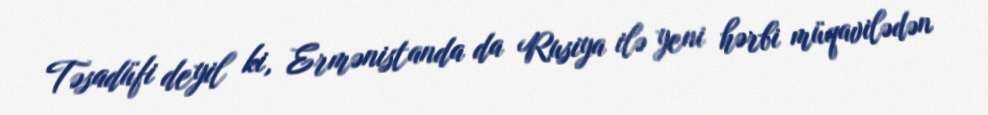
Təsadüfi deyil ki, Ermənistanda da Rusiya ilə yeni hərbi müqavilədən